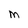
Character: M